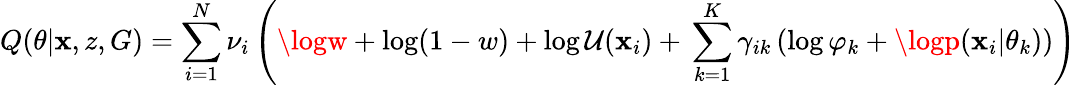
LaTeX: Q(\theta|\mathbf{x},z,G)=\sum_{i=1}^{N}\nu_{i}\left(\logw+\log(1-w)+\log{\mathcal{{U}}(\mathbf{x}_{i})}+\, \sum_{k=1}^{K}\gamma_{ik}\left(\log\varphi_{k}+\logp(\mathbf{x}_{i}|\theta_{k})\right)\right)